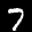
Label: 7